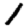
Digit: 1